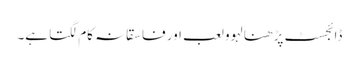
ڈائجسٹ پڑھنا لہوو لعب اور فاسقانہ کام لگتا ہے۔